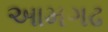
આમગઢ